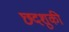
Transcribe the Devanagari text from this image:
छदशुकी